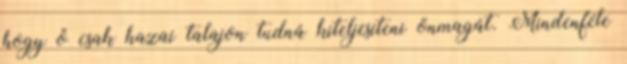
hogy ő csak hazai talajon tudná kiteljesíteni önmagát. Mindenféle